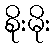
စိုးမိုး